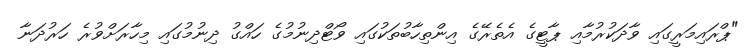
"ޕްރައިމަރީގައި ވާދަކުރުމާއި ޕާޓީގެ އެތެރޭގެ އިންތިހާބުތަކުގައި ވޯޓްދިނުމުގެ ހައްގު ދިނުމުގައި މިހާރަށްވުރެ ހަރުދަނާ